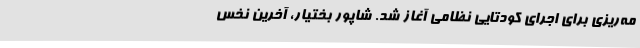
مه‌ریزی برای اجرای کودتایی نظامی آغاز شد. شاپور بختیار، آخرین نخس